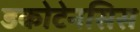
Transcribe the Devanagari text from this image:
डकोटेनसिस